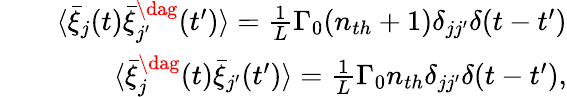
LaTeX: \begin{array}{rlr}&{}&{\langle\bar{\xi}_{j}(t)\bar{\xi}_{j^{\prime}}^{\dag}(t^{\prime})\rangle=\frac{1}{L}\Gamma_{0}(n_{th}+1)\delta_{jj^{\prime}}\delta(t-t^{\prime})}\\ &{}&{\langle\bar{\xi}_{j}^{\dag}(t)\bar{\xi}_{j^{\prime}}(t^{\prime})\rangle=\frac{1}{L}\Gamma_{0}n_{th}\delta_{jj^{\prime}}\delta(t-t^{\prime}),}\end{array}